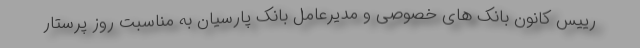
رییس کانون بانک های خصوصی و مدیرعامل بانک پارسیان به مناسبت روز پرستار